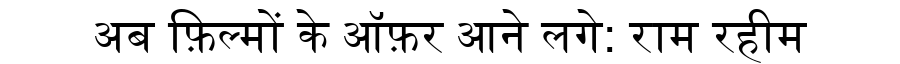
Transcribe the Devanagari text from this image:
अब फ़िल्मों के ऑफ़र आने लगे: राम रहीम